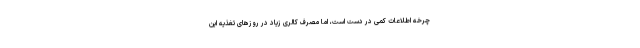
چرخه اطلاعات کمی در دست است، اما مصرف کالری زیاد در روزهای تغذیه این